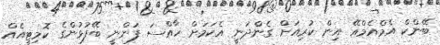
ބޭންކް އެމްއެމްއޭ އިން ކުރިއަށް ގެންދަނީ އެކަމަށް ހާއްސަ ފަންނީ ބޭފުޅުންގެ ކޮމިޓީއެއް